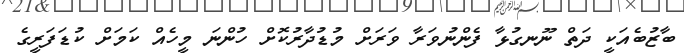
ބާޒުބެއަކީ ދަތް ނޫނގުޅާ ފެންނުވަރާ ވަރަށް މުޑުދާރުކޮށް ހުންނަ މީހެއް ކަމަށް ކުޑަފަރީގެ